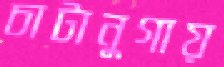
চাটানুগায়